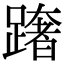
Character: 𨅓